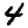
Digit: 4